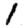
Digit: 1